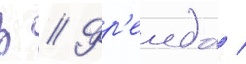
з // Фр'еида /